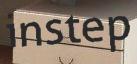
instep